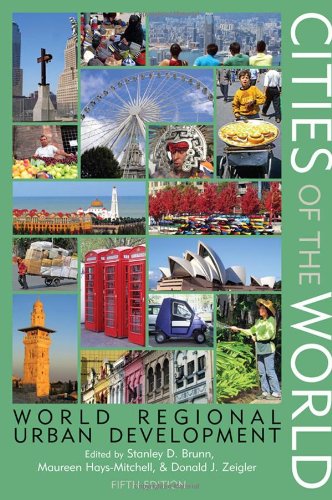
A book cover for Cities of the World: World Regional Urban Development; Science & Math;